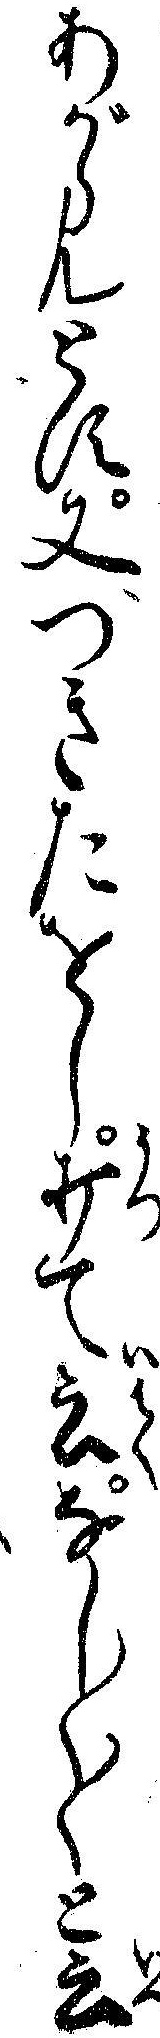
あがらんとす又つきたをし打て云なし〱〱と云